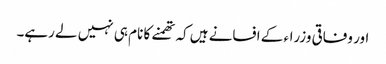
اور وفاقی وزراء کے افسانے ہیں کہ تھمنے کا نام ہی نہیں لے رہے۔